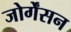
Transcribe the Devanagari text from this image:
जोर्गेंसन